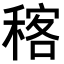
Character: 𥠑